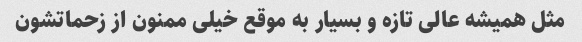
مثل همیشه عالی تازه و بسیار به موقع خیلی ممنون از زحماتشون